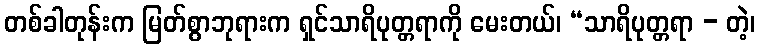
တစ်ခါတုန်းက မြတ်စွာဘုရားက ရှင်သာရိပုတ္တရာကို မေးတယ်၊ “သာရိပုတ္တရာ - တဲ့၊